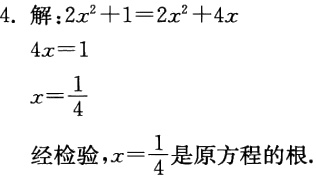
```

4. 解：\(2x^{2}+1 = 2x^{2}+4x\)

\(4x = 1\)

\(x=\frac{1}{4}\)

经检验，\(x = \frac{1}{4}\)是原方程的根.

```